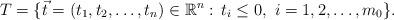
LaTeX: \begin{align*}T= \{\vec t=(t_1,t_2,\ldots,t_n)\in\mathbb{R}^n:\, t_i\le 0,\,\,i= 1, 2, \ldots,m_0\}.\end{align*}